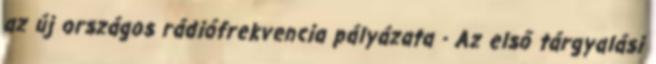
az új országos rádiófrekvencia pályázata - Az első tárgyalási